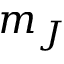
m _ { J }